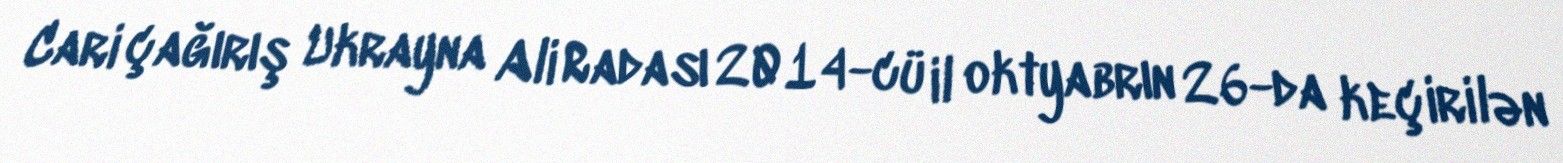
Cari çağırış Ukrayna Ali Radası 2014-cü il oktyabrın 26-da keçirilən